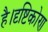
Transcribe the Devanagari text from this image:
है।दृष्टिकोण